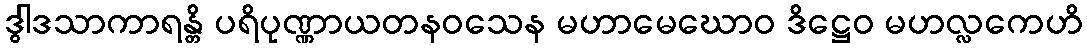
ဒွါဒသာကာရန္တိ ပရိပုဏ္ဏာယတနဝသေန မဟာမေဃောဝ ဒိဋ္ဌေဝ မဟလ္လကေဟိ